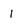
Character: 1